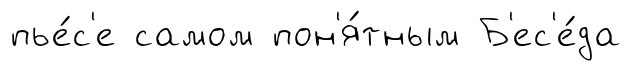
пье́с'е самом пон'я́тным Б'ес'е́да